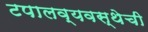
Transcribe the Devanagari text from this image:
टपालव्यवस्थेची